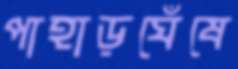
পাহাড়ঘেঁষে